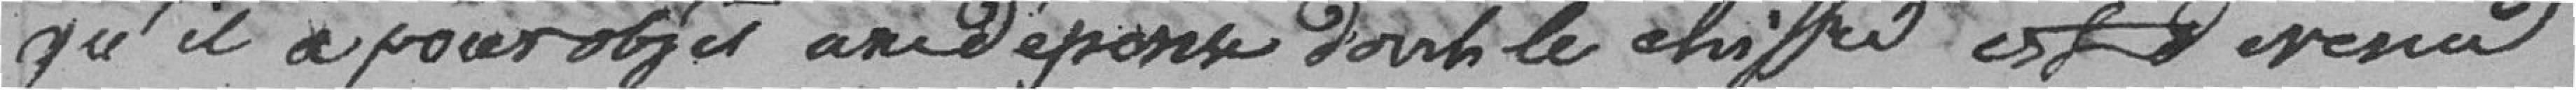
qu'il a pour objet une dépense dont le chiffre est devenu